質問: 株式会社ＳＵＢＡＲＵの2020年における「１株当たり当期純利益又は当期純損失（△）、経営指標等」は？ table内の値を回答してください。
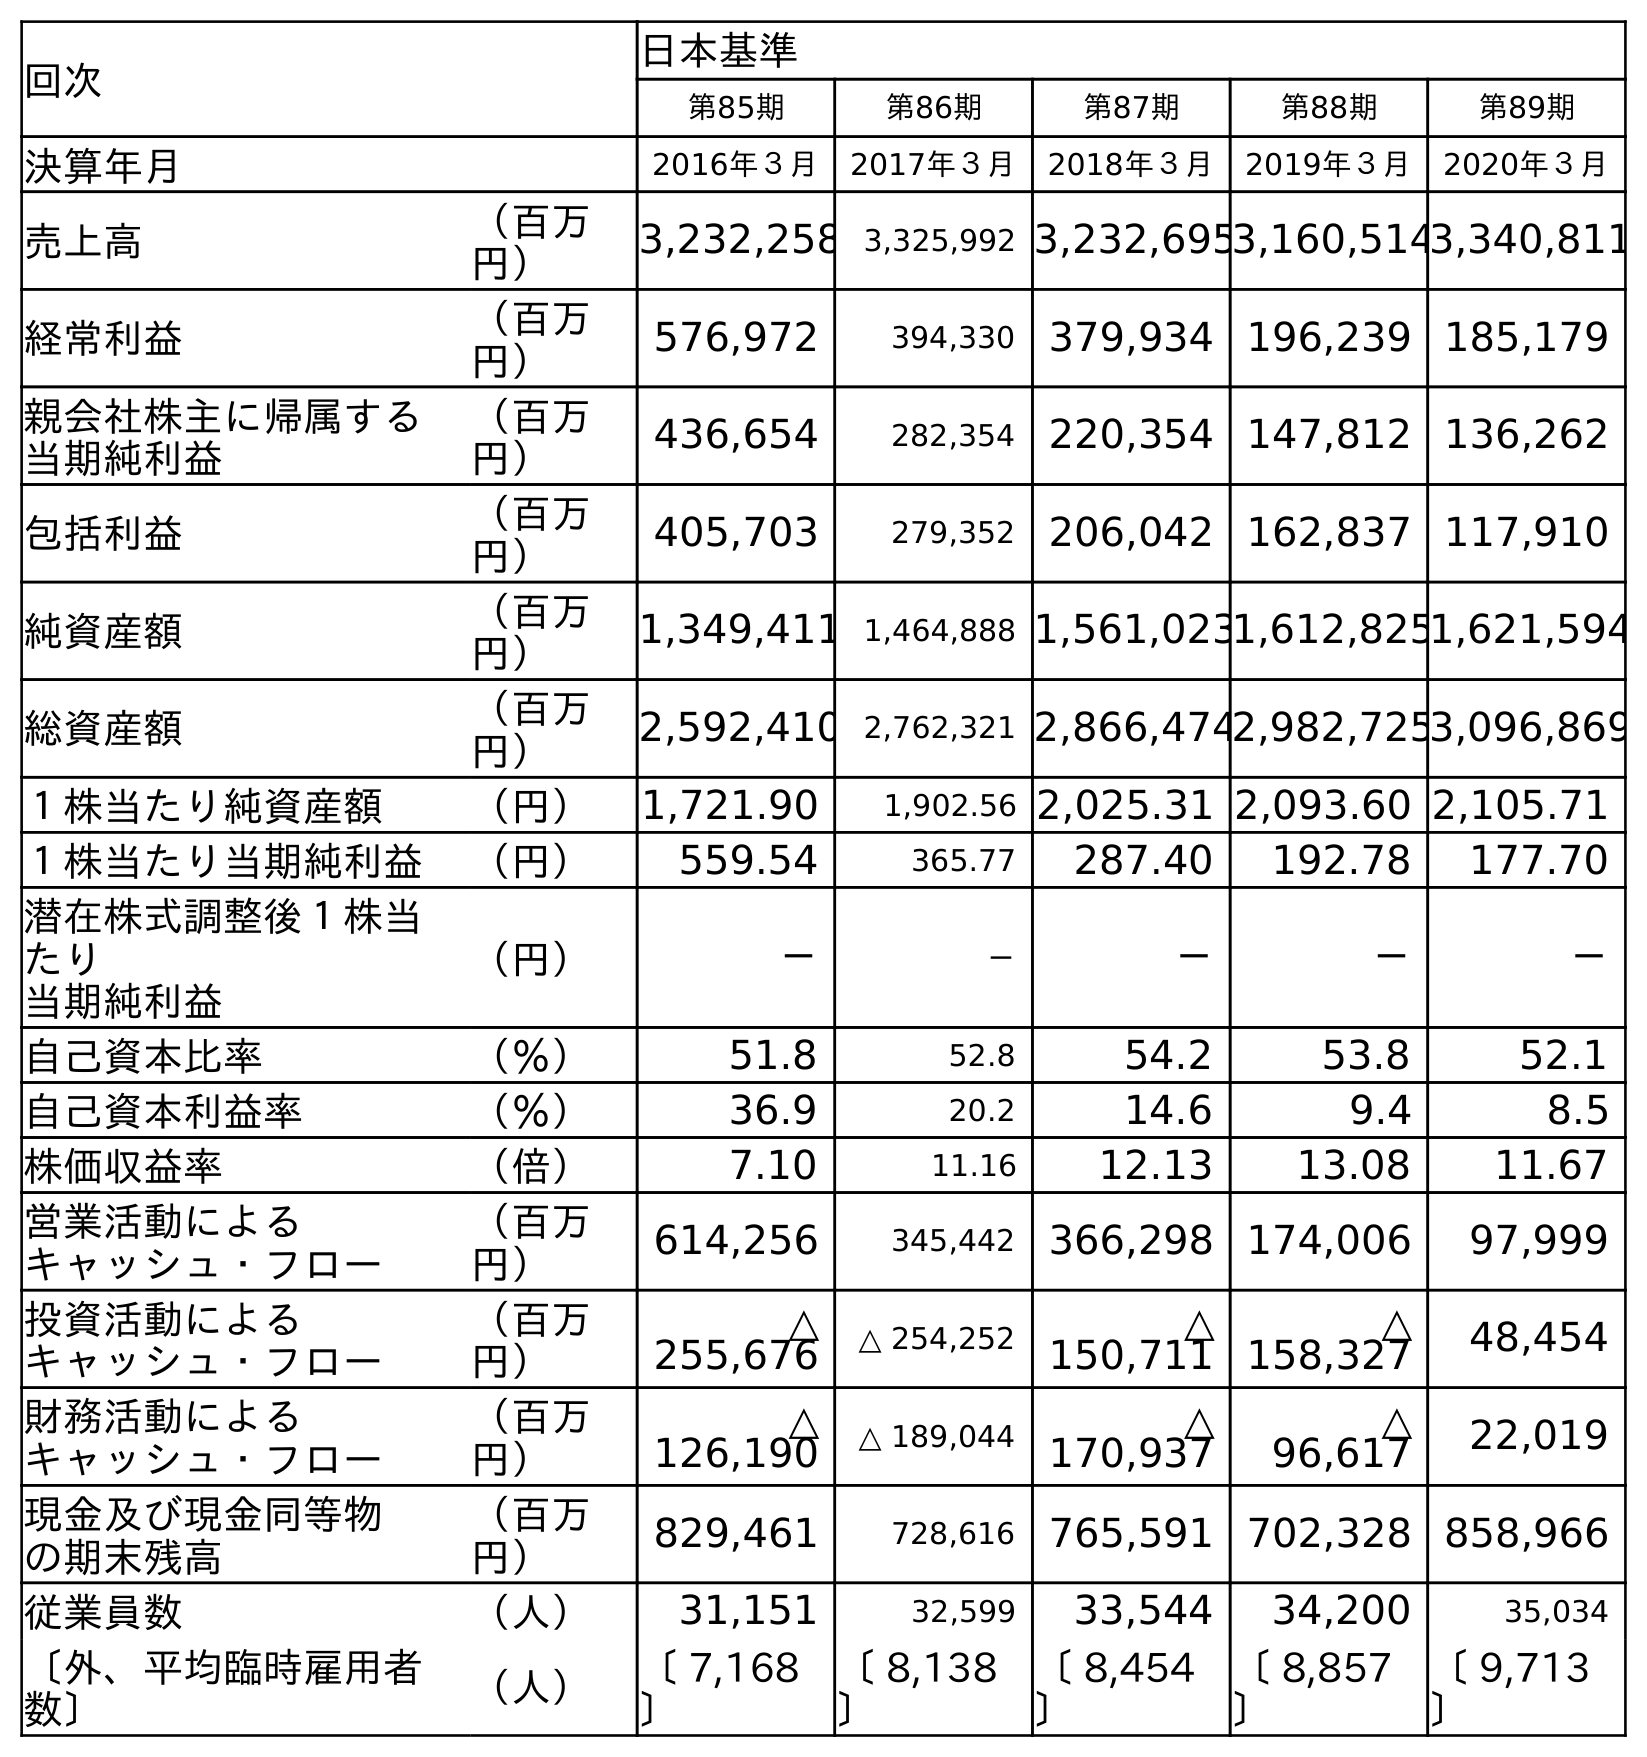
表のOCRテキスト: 回次 日本基準 第85期 第86期 第87期 第88期 第89期 決算年月 2016年３月 2017年３月 2018年３月 2019年３月 2020年３月 売上高 （百万 円） 3,232,258 3,325,992 3,232,6953,160,5143,340,811 経常利益 （百万 円） 576,972 394,330 379,934 196,239 185,179 親会社株主に帰属する 当期純利益 （百万 円） 436,654 282,354 220,354 147,812 136,262 包括利益 （百万 円） 405,703 279,352 206,042 162,837 117,910 純資産額 （百万 円） 1,349,411 1,464,888 1,561,0231,612,8251,621,594 総資産額 （百万 円） 2,592,410 2,762,321 2,866,4742,982,7253,096,869 １株当たり純資産額 （円） 1,721.90 1,902.56 2,025.31 2,093.60 2,105.71 １株当たり当期純利益 （円） 559.54 365.77 287.40 192.78 177.70 潜在株式調整後１株当 たり 当期純利益 （円） － － － － － 自己資本比率 （％） 51.8 52.8 54.2 53.8 52.1 自己資本利益率 （％） 36.9 20.2 14.6 9.4 8.5 株価収益率 （倍） 7.10 11.16 12.13 13.08 11.67 営業活動による キャッシュ・フロー （百万 円） 614,256 345,442 366,298 174,006 97,999 投資活動による キャッシュ・フロー （百万 円） △ 255,676 △ 254,252 △ 150,711 △ 158,327 48,454 財務活動による キャッシュ・フロー （百万 円） △ 126,190 △ 189,044 △ 170,937 △ 96,617 22,019 現金及び現金同等物 の期末残高 （百万 円） 829,461 728,616 765,591 702,328 858,966 従業員数 （人） 31,151 32,599 33,544 34,200 35,034 〔外、平均臨時雇用者 数〕 （人） 〔 7,168 〕 〔 8,138 〕 〔 8,454 〕 〔 8,857 〕 〔 9,713 〕
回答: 177.70